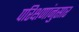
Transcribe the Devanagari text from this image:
परिक्षणांनुसार